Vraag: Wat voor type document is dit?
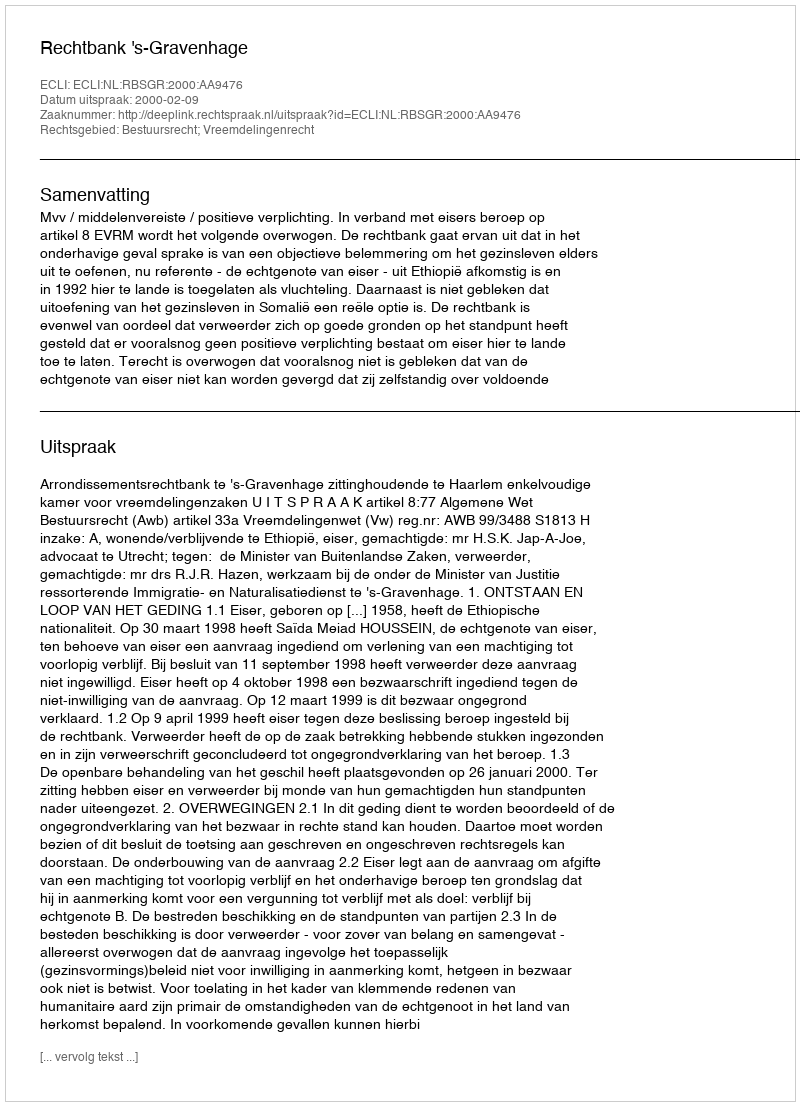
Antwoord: Uitspraak